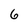
Character: 6